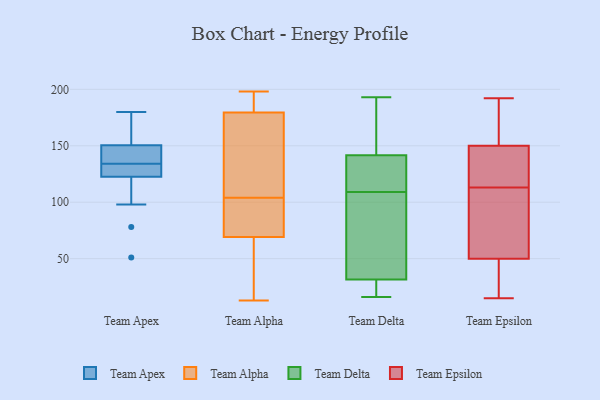
{"axis": {"x": "Headcount", "y": "Value"}, "legend": ["Team Alpha", "Team Apex", "Team Delta", "Team Epsilon"], "data": [{"x": "", "y": 131, "type": "Team Apex"}, {"x": "", "y": 144, "type": "Team Apex"}, {"x": "", "y": 137, "type": "Team Apex"}, {"x": "", "y": 98, "type": "Team Apex"}, {"x": "", "y": 166, "type": "Team Apex"}, {"x": "", "y": 129, "type": "Team Apex"}, {"x": "", "y": 78, "type": "Team Apex"}, {"x": "", "y": 123, "type": "Team Apex"}, {"x": "", "y": 123, "type": "Team Apex"}, {"x": "", "y": 147, "type": "Team Apex"}, {"x": "", "y": 154, "type": "Team Apex"}, {"x": "", "y": 148, "type": "Team Apex"}, {"x": "", "y": 51, "type": "Team Apex"}, {"x": "", "y": 180, "type": "Team Apex"}, {"x": "", "y": 153, "type": "Team Apex"}, {"x": "", "y": 105, "type": "Team Apex"}, {"x": "", "y": 131, "type": "Team Apex"}, {"x": "", "y": 142, "type": "Team Apex"}, {"x": "", "y": 122, "type": "Team Apex"}, {"x": "", "y": 172, "type": "Team Apex"}, {"x": "", "y": 130, "type": "Team Alpha"}, {"x": "", "y": 198, "type": "Team Alpha"}, {"x": "", "y": 98, "type": "Team Alpha"}, {"x": "", "y": 63, "type": "Team Alpha"}, {"x": "", "y": 104, "type": "Team Alpha"}, {"x": "", "y": 183, "type": "Team Alpha"}, {"x": "", "y": 169, "type": "Team Alpha"}, {"x": "", "y": 88, "type": "Team Alpha"}, {"x": "", "y": 184, "type": "Team Alpha"}, {"x": "", "y": 17, "type": "Team Alpha"}, {"x": "", "y": 13, "type": "Team Alpha"}, {"x": "", "y": 16, "type": "Team Delta"}, {"x": "", "y": 119, "type": "Team Delta"}, {"x": "", "y": 145, "type": "Team Delta"}, {"x": "", "y": 32, "type": "Team Delta"}, {"x": "", "y": 193, "type": "Team Delta"}, {"x": "", "y": 97, "type": "Team Delta"}, {"x": "", "y": 138, "type": "Team Delta"}, {"x": "", "y": 125, "type": "Team Delta"}, {"x": "", "y": 99, "type": "Team Delta"}, {"x": "", "y": 28, "type": "Team Delta"}, {"x": "", "y": 159, "type": "Team Delta"}, {"x": "", "y": 31, "type": "Team Delta"}, {"x": "", "y": 88, "type": "Team Epsilon"}, {"x": "", "y": 150, "type": "Team Epsilon"}, {"x": "", "y": 181, "type": "Team Epsilon"}, {"x": "", "y": 49, "type": "Team Epsilon"}, {"x": "", "y": 192, "type": "Team Epsilon"}, {"x": "", "y": 20, "type": "Team Epsilon"}, {"x": "", "y": 121, "type": "Team Epsilon"}, {"x": "", "y": 26, "type": "Team Epsilon"}, {"x": "", "y": 186, "type": "Team Epsilon"}, {"x": "", "y": 109, "type": "Team Epsilon"}, {"x": "", "y": 15, "type": "Team Epsilon"}, {"x": "", "y": 50, "type": "Team Epsilon"}, {"x": "", "y": 63, "type": "Team Epsilon"}, {"x": "", "y": 129, "type": "Team Epsilon"}, {"x": "", "y": 138, "type": "Team Epsilon"}, {"x": "", "y": 117, "type": "Team Epsilon"}, {"x": "", "y": 179, "type": "Team Epsilon"}, {"x": "", "y": 76, "type": "Team Epsilon"}]}